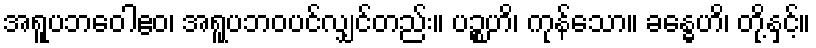
အရူပဘဝေါဧဝ၊ အရူပဘဝပင်လျှင်တည်း။ ပဉ္စဟိ၊ ကုန်သော။ ခန္ဓေဟိ၊ တို့နှင့်။